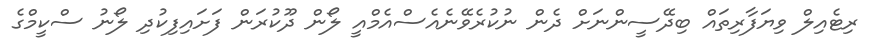
ރިޓެއިލް ވިޔަފާރިތައް ބިދޭސީންނަށް ދެން ނުކުރެވޭނެއެސްއެމްއީ ލޯން ދޫކުރަން ފަށައިފިކުދި ލޯނު ސްކީމްގެ